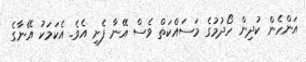
އަންހެން ކުދިން ހޯދުމުގެ މަސައްކަތް ވެސް އޭނާ ފެށި އެވެ. އެކަމަކު އޭނާގެ